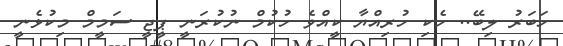
ހަބަރު ލިބޭ.. ހެކި ހުރިއްޔާ ކީއްވެ ހުކުމް ނުކުރަނީ ޕީޖީ ސަމީމް މިކުޅެނީ